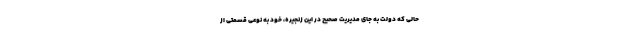
حالی که دولت به جای مدیریت صحیح در این زنجیره، خود به نوعی قسمتی از